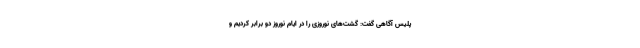
پلیس آگاهی گفت: گشت‌های نوروزی را در ایام نوروز دو برابر کردیم و